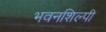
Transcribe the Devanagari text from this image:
भवनशिल्पी